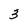
Character: 3